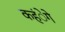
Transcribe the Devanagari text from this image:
कहंेगे